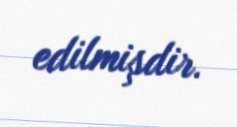
edilmişdir.